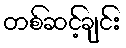
တစ်ဆင့်ချင်း